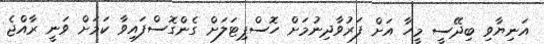
އަނިޔާވި ބިދޭސީ މީހާ އަށް ފަރުވާދިނުމަށް ހޮސްޕިޓަލަށް ގެންގޮސްފައިވާ ކަމަށް ވަނީ ރާއްޖެ